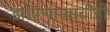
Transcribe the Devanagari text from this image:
झोपणाऱ्याचीही